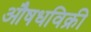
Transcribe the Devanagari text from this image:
औषधविक्री